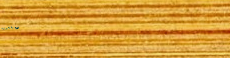
no parking